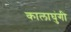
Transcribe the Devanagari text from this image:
कालाघुंगी